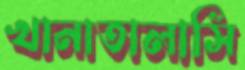
খানাতালাসি